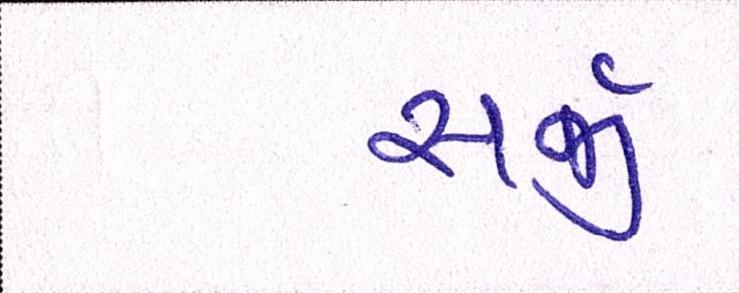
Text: સર્જી